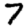
Digit: 7